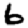
Digit: 6